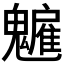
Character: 𩴡